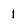
Character: I